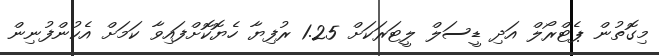
މިގޮތުން ޕެޓްރޯލް އަދި ޑީސަލް ލީޓަރަކަށް 1.25 ރުފިޔާ ހެޔޮކޮށްފައިވާ ކަމަށް އެކުންފުނިން